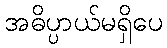
အဓိပ္ပာယ်မရှိပေ